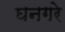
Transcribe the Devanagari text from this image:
घनगरे